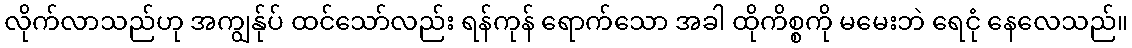
လိုက်လာသည်ဟု အကျွန်ုပ် ထင်သော်လည်း ရန်ကုန် ရောက်သော အခါ ထိုကိစ္စကို မမေးဘဲ ရေငုံ နေလေသည်။